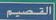
ابةصيم